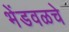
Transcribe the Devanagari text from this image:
भेंडवळचे